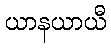
ယာနယာယီ